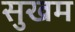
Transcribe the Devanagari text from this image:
सुखम